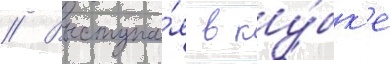
// Выступа́я в ку́бк'е